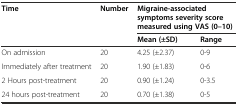
<table><thead><tr><td rowspan="2"><b>Time</b></td><td rowspan="2"><b>Number</b></td><td colspan="2"><b>Migraine-associated symptoms severity score measured using VAS (0–10)</b></td></tr><tr><td><b>Mean (±SD)</b></td><td><b>Range</b></td></tr></thead><tbody><tr><td>On admission</td><td>20</td><td>4.25 (±2.37)</td><td>0-9</td></tr><tr><td>Immediately after treatment</td><td>20</td><td>1.90 (±1.83)</td><td>0-6</td></tr><tr><td>2 Hours post-treatment</td><td>20</td><td>0.90 (±1.24)</td><td>0-3.5</td></tr><tr><td>24 hours post-treatment</td><td>20</td><td>0.70 (±1.38)</td><td>0-5</td></tr></tbody></table>